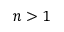
n > 1